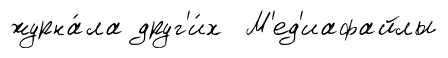
журна́ла друг'и́х М'ед'иафайлы